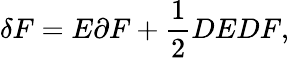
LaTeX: \delta F=E\partial F+\frac{1}{2}DEDF,